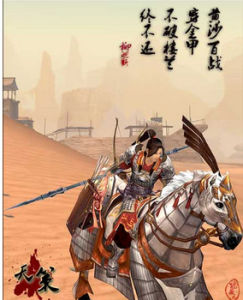
黄沙百战穿金甲，不破楼兰终不还。